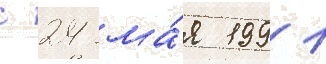
с 24 ма́я 1991